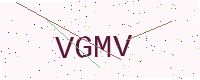
Text: VGMV